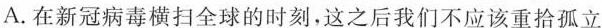
A.在新冠病毒横扫全球的时刻，这之后我们不应该重拾孤立